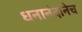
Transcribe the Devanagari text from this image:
धनानंदानेच